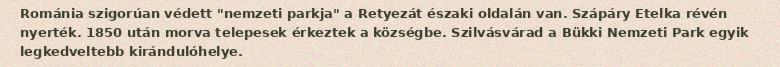
Románia szigorúan védett "nemzeti parkja" a Retyezát északi oldalán van. Szápáry Etelka révén nyerték. 1850 után morva telepesek érkeztek a községbe. Szilvásvárad a Bükki Nemzeti Park egyik legkedveltebb kirándulóhelye.